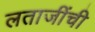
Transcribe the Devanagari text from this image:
लताजींची